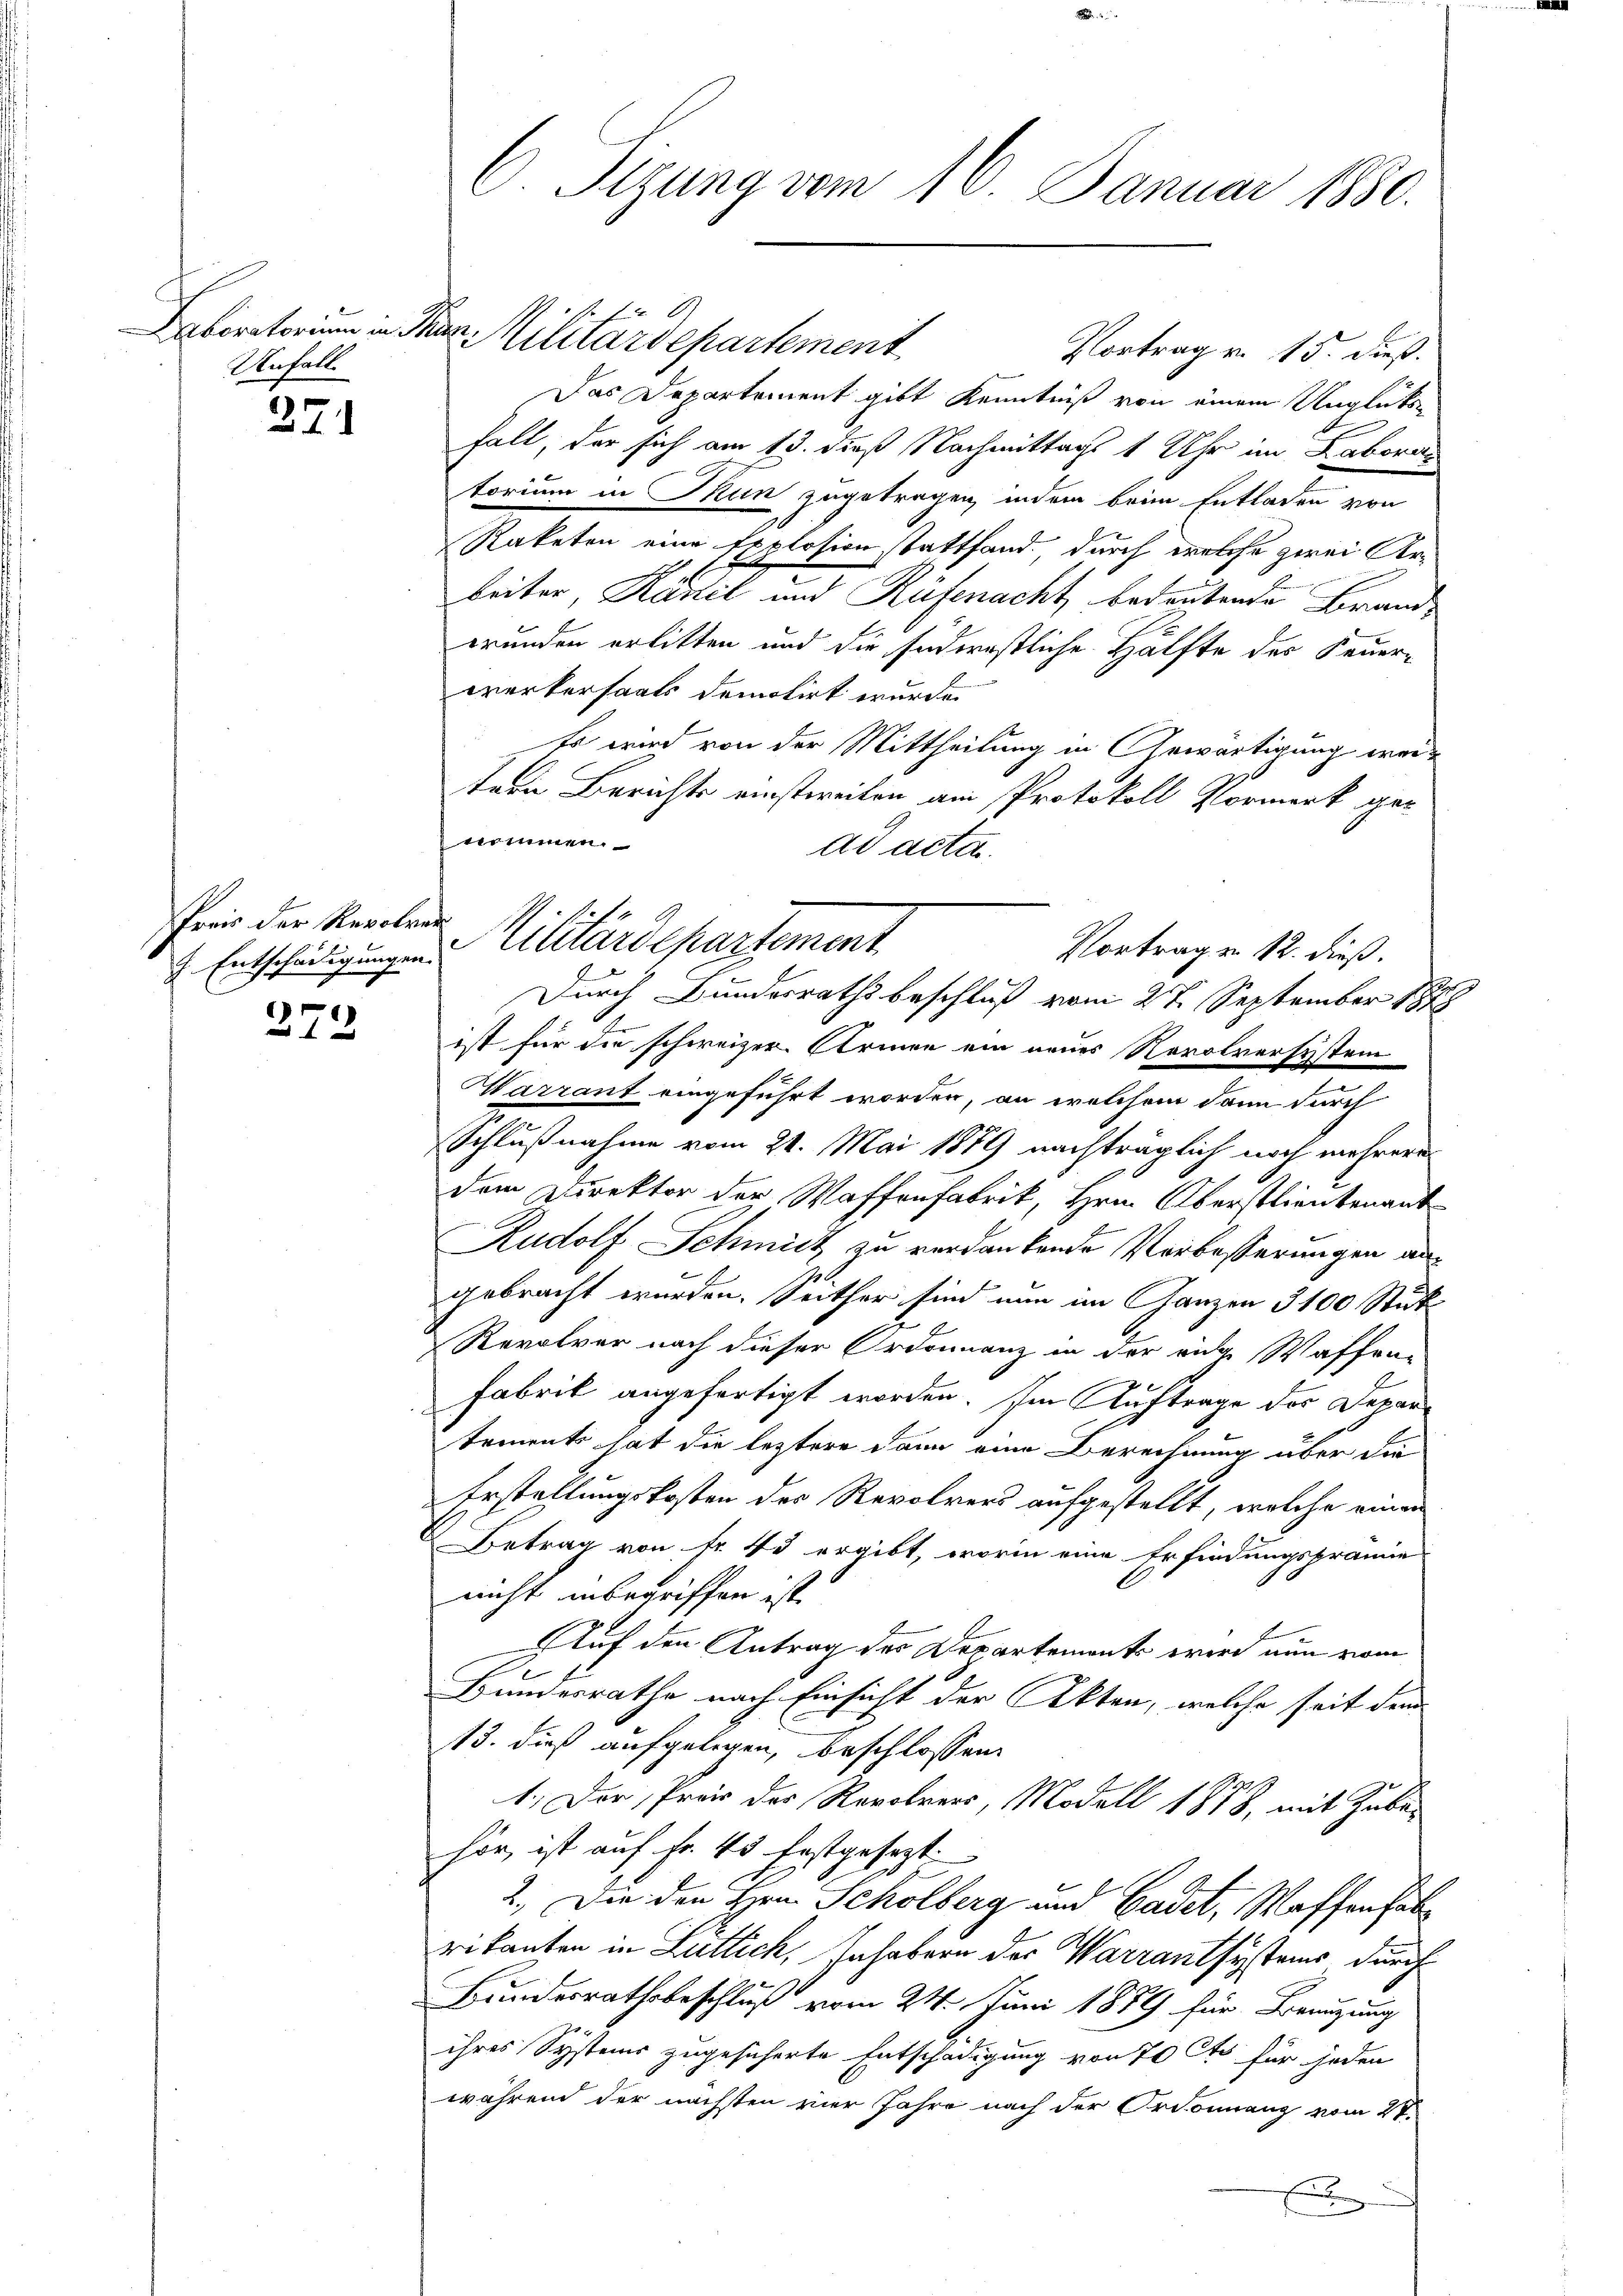
aboratorium in Sitz
Unfall

271

Preis der Revolvat

272

S. Stzung vom 16. Januar 1880.

21
Militärdepartement
Vortrag v. 15. dieß.
Re
Das Departement gibt Kenntniß von einem Unglücksfalt, der sich am 13. dieß Nachmittags 1 Uhr im Labora
torium in Mun zugetragen, indem beim Entladen von
Raketen eine Explosion stattfand durch welche zwei Arbeiter, Känel und Rüfenacht, bedeutende Brandgrunden erlitten und die südernstliche Hälfte des Feuerwerkersaals demotirt wurde.
Es wird von der Mittheilung in Gewärtigung weitern Berichts einstweiten am Protokoll Vormerk getrumen.
ad acta.
Vortrag u. 12. dieß.
ist für die schweizer Armen ein neues Revolversystem
Warrant eingeführt worden, an welchem dann durch
Schlußnahme vom 24. Mai 1889 nachträglich noch mehrere
dem Direktor der Waffenfabrik, Hrn. Oberstlieutenant
Rudolf Schmitt zu verdankende Vorbesserungen angebracht wurden. Seither sind nun im Ganzen 3100 Stük¬
Revolver nach dieser Ordonnanz in der ande Waffen-
Fabrik angefertigt worden. Im Auftrage der Devantements hat die leztere dann eine Berechnung über die
Erstellungskosten des Revolvers aufgestellt, welche einen
Betrag von Fr. 40 ergibt, worin eine Erfindungsprämie
nicht inbegriffen ist.
Auf den Antrag des Departement wird nun vom
Bundesrathe nach Einsicht der Akten, welche seit dem
13. dieß aufgelegen, beschlossen:
1.) Der Preis der Revolrers, Modell 1878, mit Zubehir, ist auf fr. 45 festgesezt:
2.) Die den Hrn. Scholberg und Cadet, Waffenhalrikanten in Luttich, Inhabern der Warrantsystems durch
Bundesrathsbeschluß vom 24. Juni 1879 für Berugung
ihres Systems zugesicherte Entschädigung von 70 Cts für jeden
während der nächsten vier Jahre nach der Ordonnanz vom 27.
f

Entschädigungen Militärdepartement

Durch Bundesrathsbeschluß vom 27. September 187